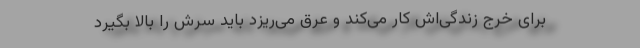
برای خرج زندگی‌اش کار می‌کند و عرق می‌ریزد باید سرش را بالا بگیرد